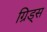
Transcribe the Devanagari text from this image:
ग्रिड्स